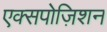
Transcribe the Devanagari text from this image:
एक्सपोज़िशन